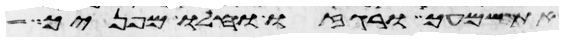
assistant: את שמעך ורגזו וחלו מפניך